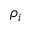
\rho _ { i }